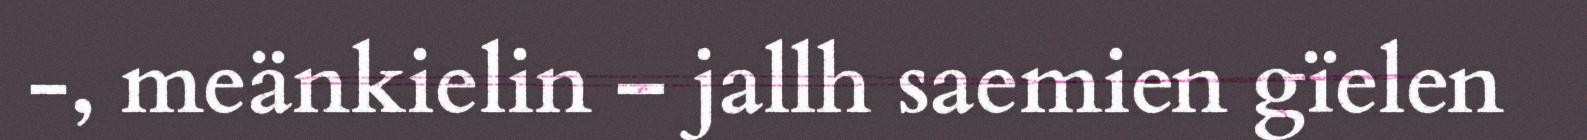
-, meänkielin – jallh saemien gïelen